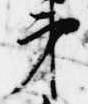
弟